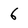
Character: 6